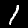
Digit: 1